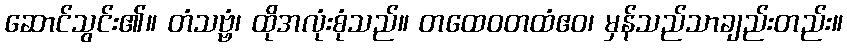
ဆောင်သွင်း၏။ တံသဗ္ဗံ၊ ထိုအလုံးစုံသည်။ တထေဝတထံဧဝ၊ မှန်သည်သာချည်းတည်း။